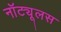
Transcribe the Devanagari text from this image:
नॉट्यूलस